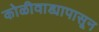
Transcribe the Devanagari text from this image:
कोळीवाड्यापासून